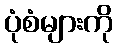
ပုံစံများကို